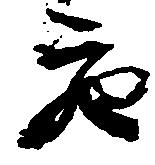
充